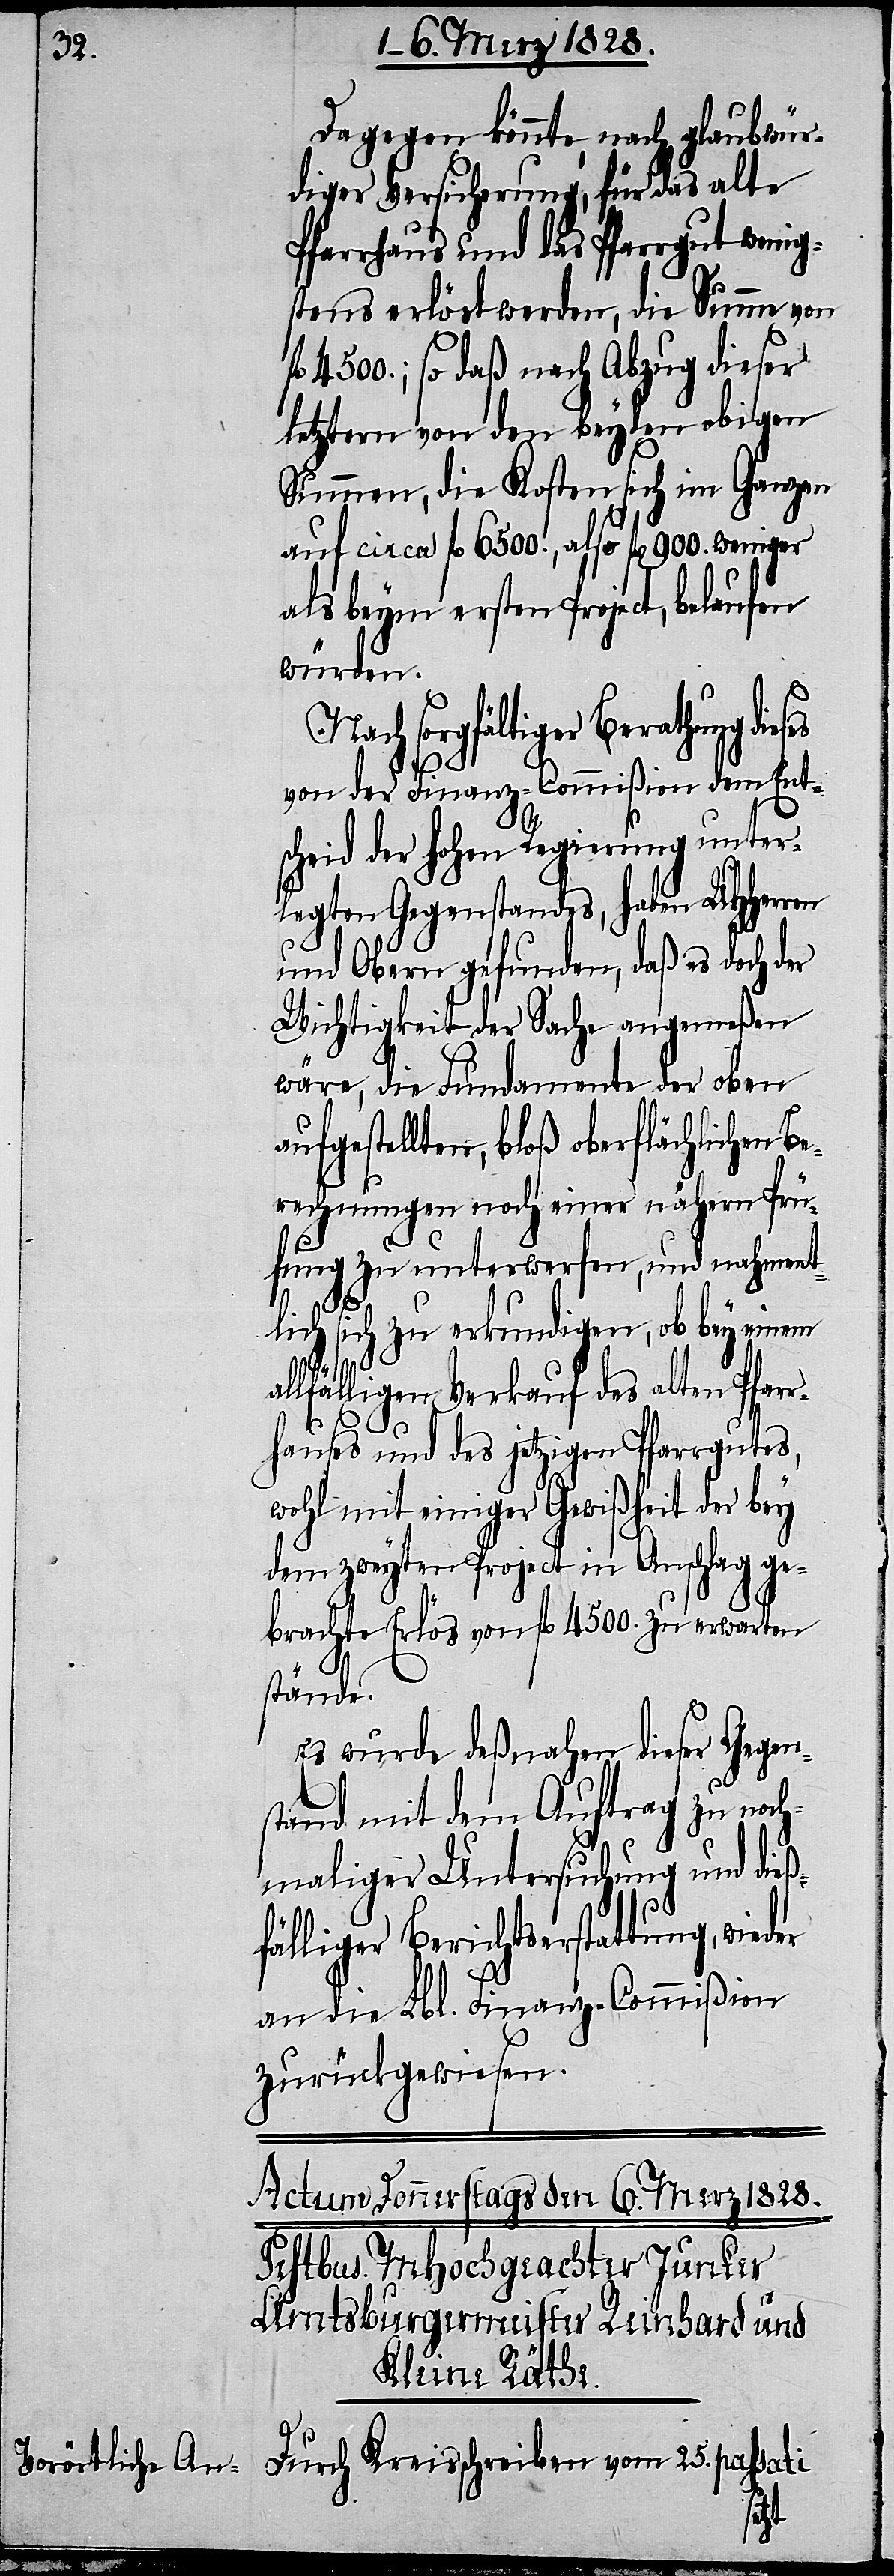
Dagegen könnte, nach glaubwür¬
diger Versicherung, für das alte
Pfarrhaus und das Pfarrgut wenig¬
stens erlöst werden, die Summe von
fl. 4500; so daß nach Abzug dieser
letztern von den beyden obigen
Summen, die Kosten sich im Ganzen
auf circa fl. 6500., also fl. 900. weniger
als beym ersten Project, belaufen
würden.
sorgfältiger Berathung
von der Finanz-Commißion dem Ent¬
scheid der hohen Regierung unter¬
legten Gegenstandes, haben UHHerren
und Obern gefunden, daß es doch der
Wichtigkeit der Sache angemeßen
wäre, die Fundamente der oben
aufgestellten, bloß oberflächlichen B¬
erechnungen noch einer nähern Prü¬
fung zu unterwerfen, und nahment¬
lich sich zu erkundigen, ob bey einem
a¬
llfälligen Verkauf des alten Pfarr¬
hauses und des jetzigen Pfarrgutes,
wohl mit einiger Gewißheit der bey
dem zweyten Project in Anschlag ge¬
brachte Erlös von fl. 4500. zu erwarten
stände.
Es wurde deßnahen dieser Gegens¬
tand mit dem Auftrag zu noch¬
maliger Untersuchung und dieß¬
fälliger Berichtserstattung, wie¬
an die Lbl. Finanz-Commißion
zurückgewiesen.
Durch Kreisschreiben vom 25. passati
der